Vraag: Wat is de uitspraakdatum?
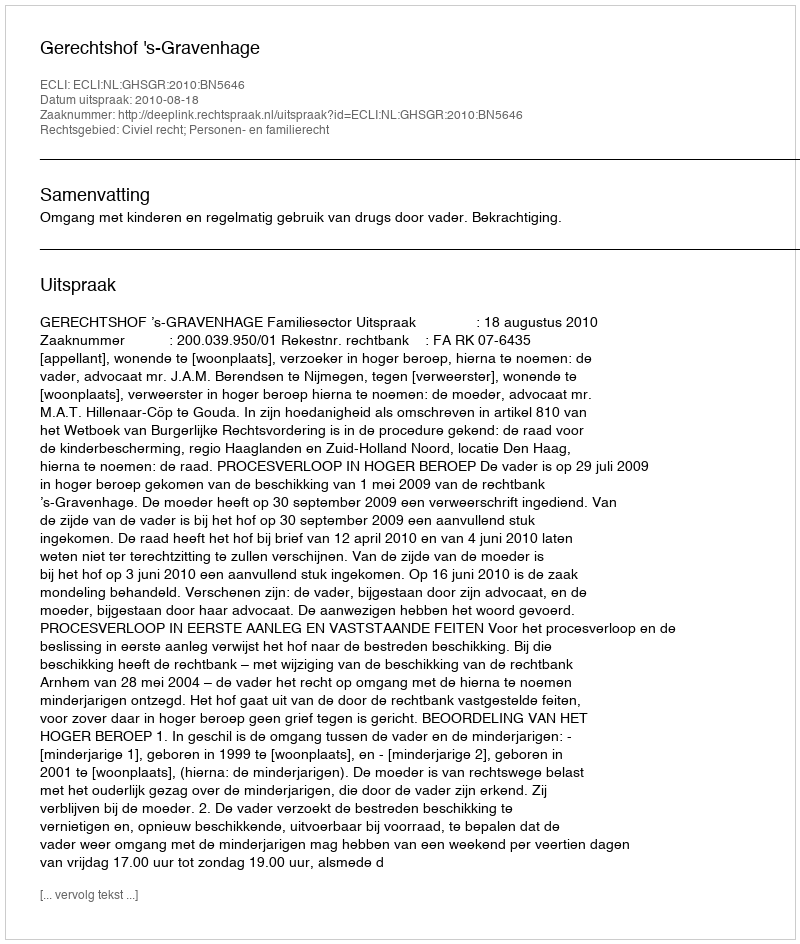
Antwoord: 2010-08-18